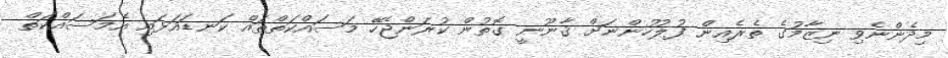
މިދެންނެވި ނިޒާމުގެ ތެރެއިން ފުލުހުންނަށް ޤާނޫނީ ގޮތުން ކުރަންޖެހޭ މަސައްކަތްތައް ކަނޑައަޅައި އެމަސައްކަތް